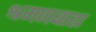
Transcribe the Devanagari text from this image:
श्रमणबाह्य